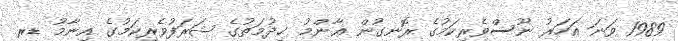
1989 ވަނަ އަހަރު ނޫސްވެރިކަމުގެ ރޮނގުން ޢާންމު ޚިދުމަތުގެ ޝަރަފުވެރިކަމުގެ އިނާމު ޑރ